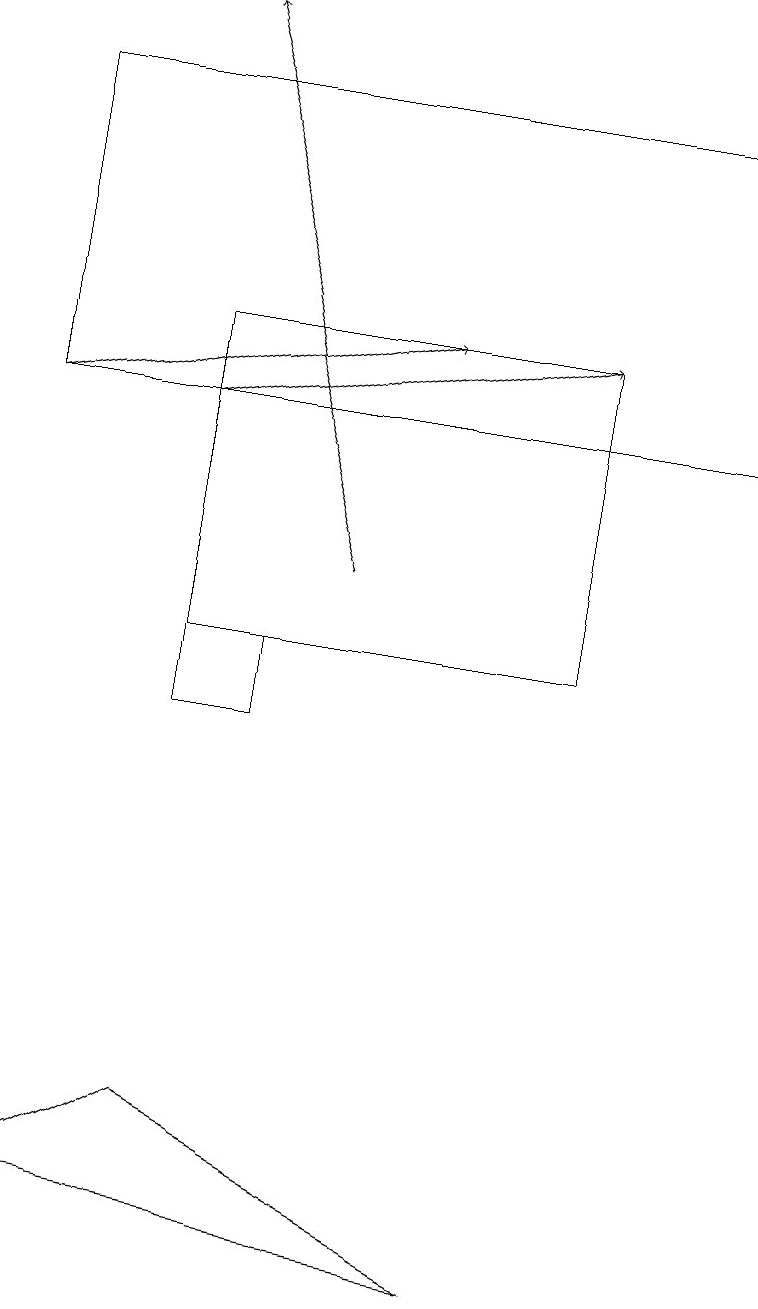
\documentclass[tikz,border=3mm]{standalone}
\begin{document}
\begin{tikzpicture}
\draw[->] (2,14) -- (7,15);
\draw (0,4) -- (2,5) -- (6,3) -- cycle;
\draw (3,11) rectangle (2,10);
\draw[->] (4,12) -- (2,19);
\draw (9,14) rectangle (0,18);
\draw[->] (0,14) -- (5,15);
\draw (7,11) rectangle (2,15);
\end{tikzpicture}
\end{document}